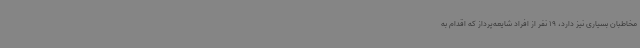
مخاطبان بسیاری نیز دارد، 19 نفر از افراد شایعه‌پرداز که اقدام به